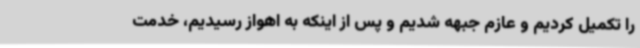
را تکمیل کردیم و عازم جبهه شدیم و پس از اینکه به اهواز رسیدیم، خدمت